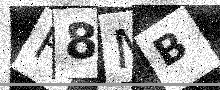
Text: H8MB